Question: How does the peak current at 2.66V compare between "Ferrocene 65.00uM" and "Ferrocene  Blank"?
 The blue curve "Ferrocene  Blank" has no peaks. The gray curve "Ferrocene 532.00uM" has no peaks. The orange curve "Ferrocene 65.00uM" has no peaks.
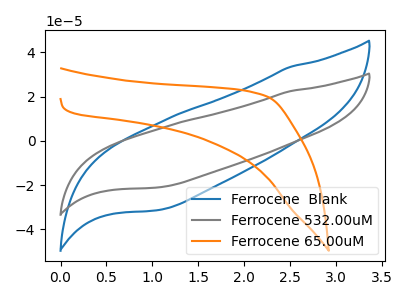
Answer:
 <answer>"Ferrocene 65.00uM" and "Ferrocene  Blank" dont share a peak at 2.66V.</answer>
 <eval>mismatch</eval>